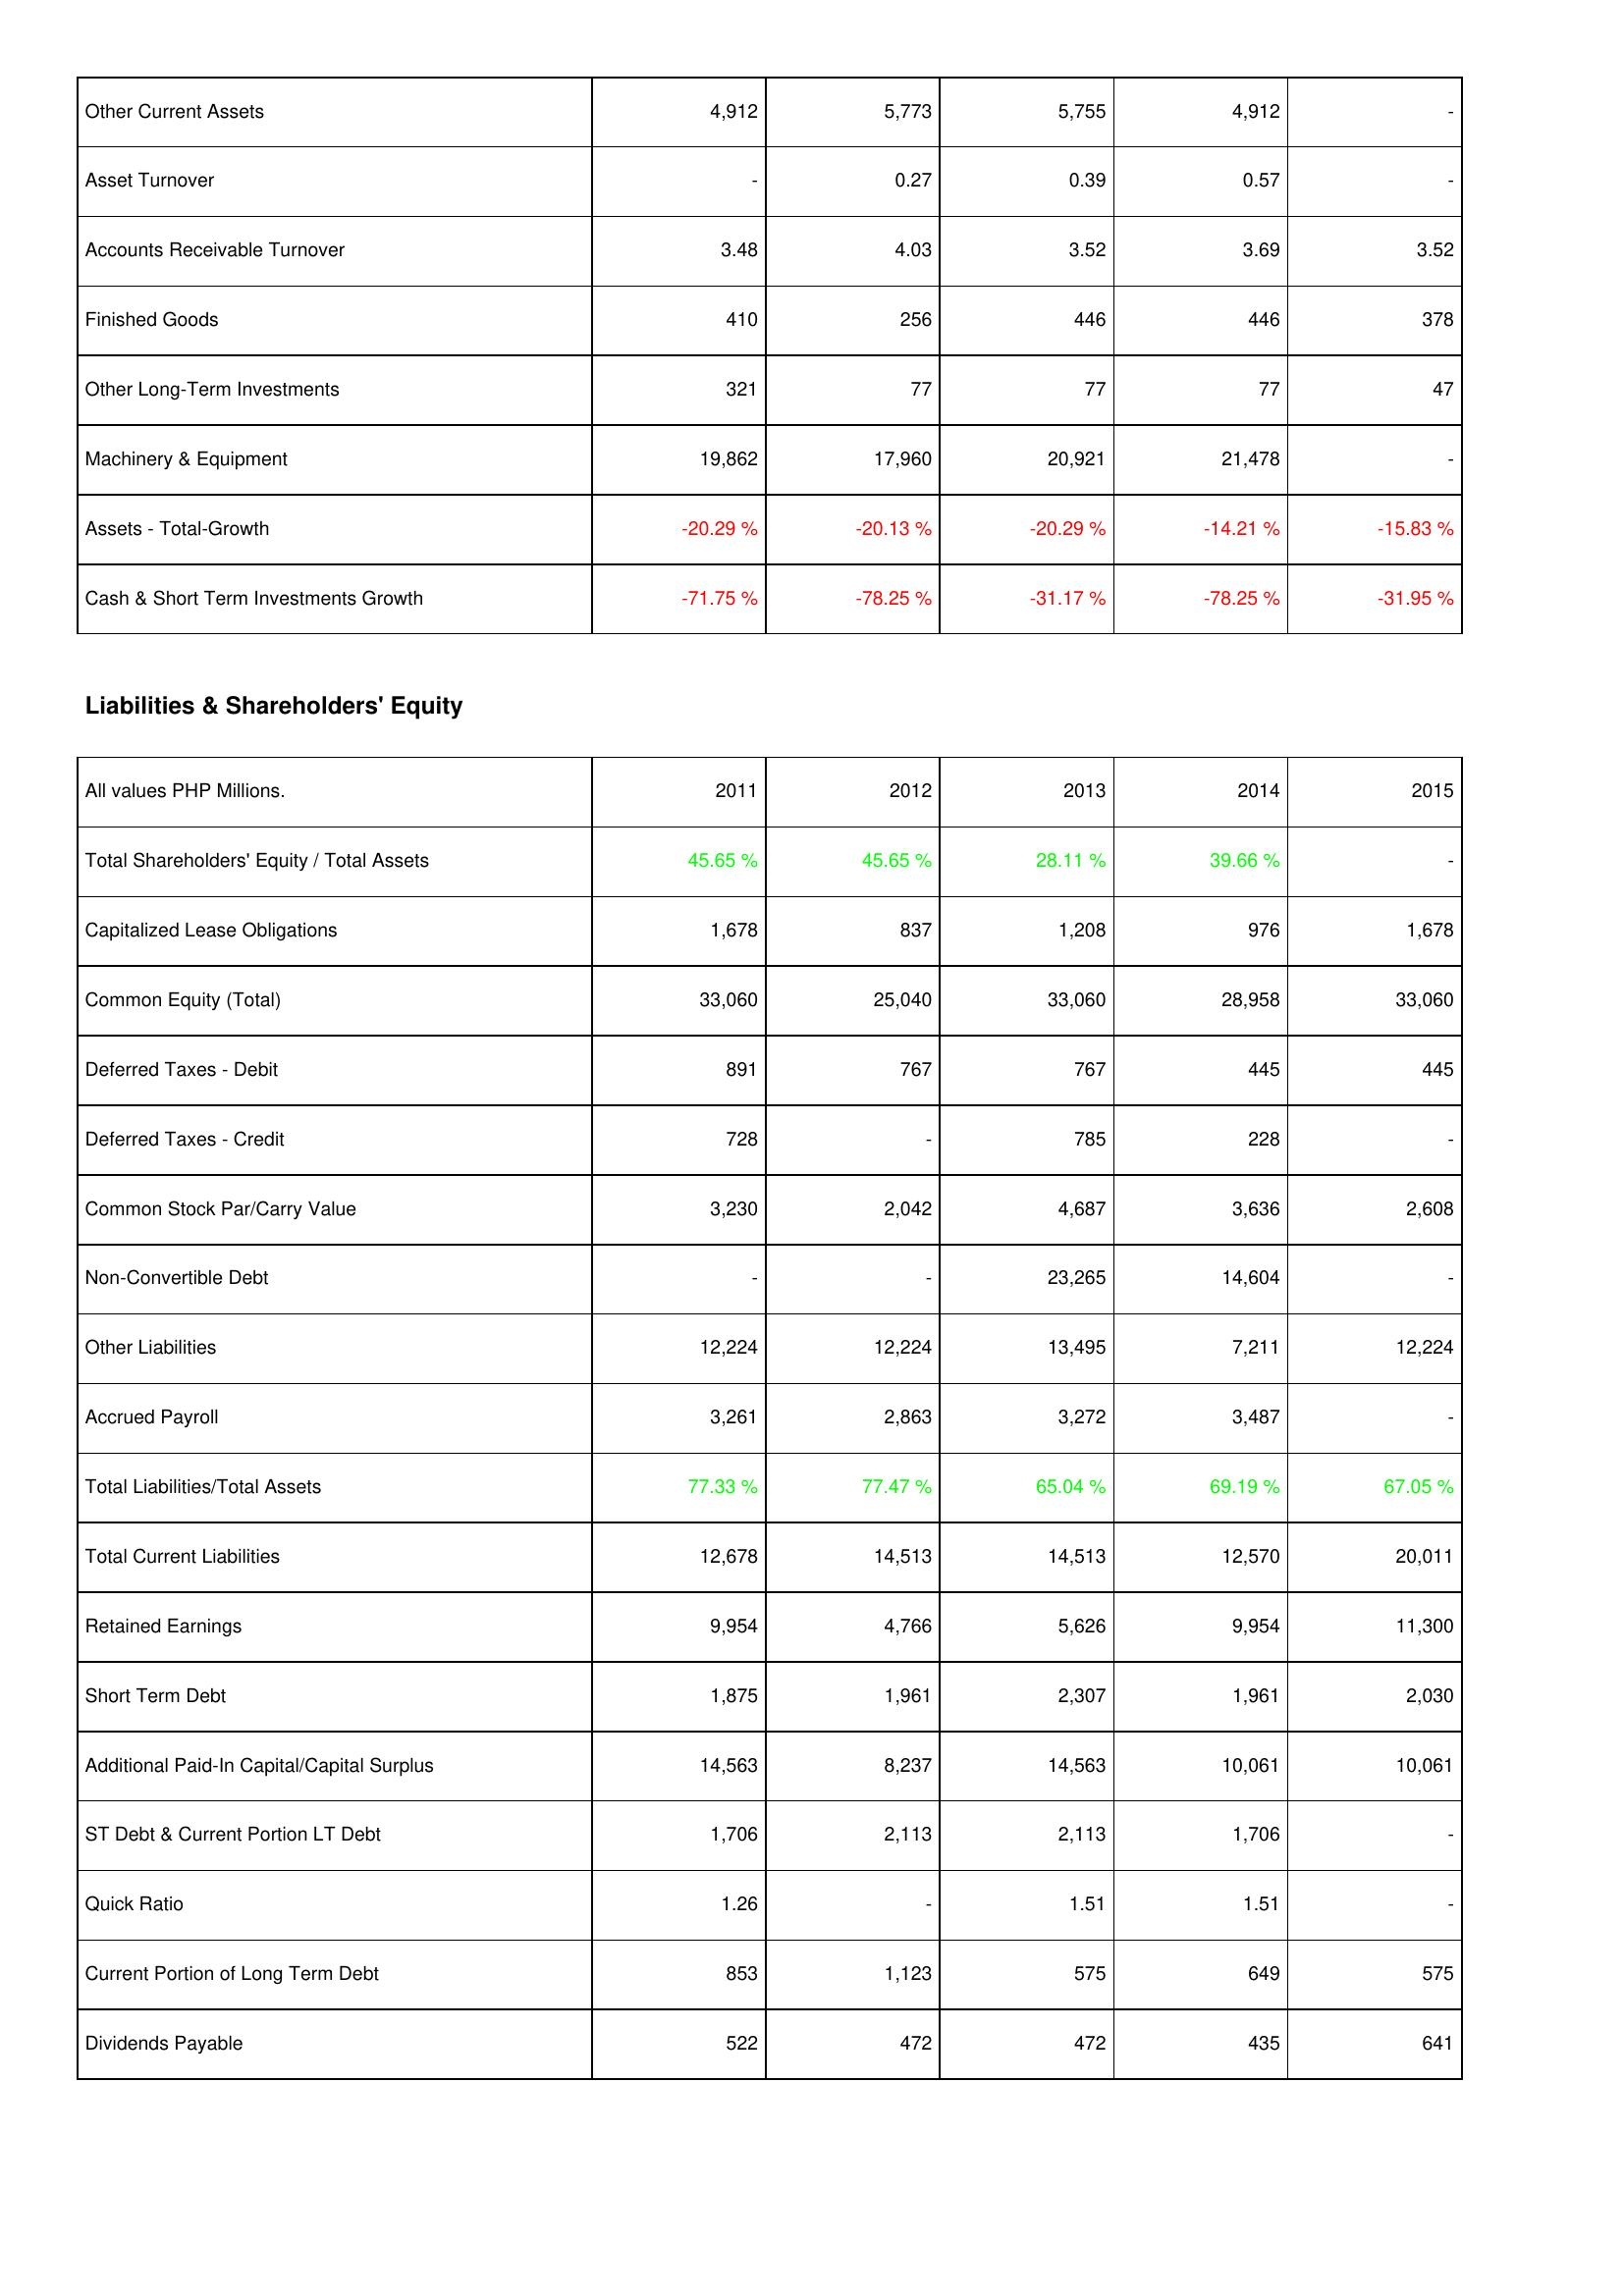
2011: Assets: Other Current Assets: 4,912
Asset Turnover: -
Accounts Receivable Turnover: 3.48
Finished Goods: 410
Other Long-Term Investments: 321
Machinery & Equipment: 19,862
Assets - Total-Growth: -20.29 %
Cash & Short Term Investments Growth: -71.75 %
Liabilities & Shareholders' Equity: Total Shareholders' Equity / Total Assets: 45.65 %
Capitalized Lease Obligations: 1,678
Common Equity (Total): 33,060
Deferred Taxes - Debit: 891
Deferred Taxes - Credit: 728
Common Stock Par/Carry Value: 3,230
Non-Convertible Debt: -
Other Liabilities: 12,224
Accrued Payroll: 3,261
Total Liabilities/Total Assets: 77.33 %
Total Current Liabilities: 12,678
Retained Earnings: 9,954
Short Term Debt: 1,875
Additional Paid-In Capital/Capital Surplus: 14,563
ST Debt & Current Portion LT Debt: 1,706
Quick Ratio: 1.26
Current Portion of Long Term Debt: 853
Dividends Payable: 522
2012: Assets: Other Current Assets: 5,773
Asset Turnover: 0.27
Accounts Receivable Turnover: 4.03
Finished Goods: 256
Other Long-Term Investments: 77
Machinery & Equipment: 17,960
Assets - Total-Growth: -20.13 %
Cash & Short Term Investments Growth: -78.25 %
Liabilities & Shareholders' Equity: Total Shareholders' Equity / Total Assets: 45.65 %
Capitalized Lease Obligations: 837
Common Equity (Total): 25,040
Deferred Taxes - Debit: 767
Deferred Taxes - Credit: -
Common Stock Par/Carry Value: 2,042
Non-Convertible Debt: -
Other Liabilities: 12,224
Accrued Payroll: 2,863
Total Liabilities/Total Assets: 77.47 %
Total Current Liabilities: 14,513
Retained Earnings: 4,766
Short Term Debt: 1,961
Additional Paid-In Capital/Capital Surplus: 8,237
ST Debt & Current Portion LT Debt: 2,113
Quick Ratio: -
Current Portion of Long Term Debt: 1,123
Dividends Payable: 472
2013: Assets: Other Current Assets: 5,755
Asset Turnover: 0.39
Accounts Receivable Turnover: 3.52
Finished Goods: 446
Other Long-Term Investments: 77
Machinery & Equipment: 20,921
Assets - Total-Growth: -20.29 %
Cash & Short Term Investments Growth: -31.17 %
Liabilities & Shareholders' Equity: Total Shareholders' Equity / Total Assets: 28.11 %
Capitalized Lease Obligations: 1,208
Common Equity (Total): 33,060
Deferred Taxes - Debit: 767
Deferred Taxes - Credit: 785
Common Stock Par/Carry Value: 4,687
Non-Convertible Debt: 23,265
Other Liabilities: 13,495
Accrued Payroll: 3,272
Total Liabilities/Total Assets: 65.04 %
Total Current Liabilities: 14,513
Retained Earnings: 5,626
Short Term Debt: 2,307
Additional Paid-In Capital/Capital Surplus: 14,563
ST Debt & Current Portion LT Debt: 2,113
Quick Ratio: 1.51
Current Portion of Long Term Debt: 575
Dividends Payable: 472
2014: Assets: Other Current Assets: 4,912
Asset Turnover: 0.57
Accounts Receivable Turnover: 3.69
Finished Goods: 446
Other Long-Term Investments: 77
Machinery & Equipment: 21,478
Assets - Total-Growth: -14.21 %
Cash & Short Term Investments Growth: -78.25 %
Liabilities & Shareholders' Equity: Total Shareholders' Equity / Total Assets: 39.66 %
Capitalized Lease Obligations: 976
Common Equity (Total): 28,958
Deferred Taxes - Debit: 445
Deferred Taxes - Credit: 228
Common Stock Par/Carry Value: 3,636
Non-Convertible Debt: 14,604
Other Liabilities: 7,211
Accrued Payroll: 3,487
Total Liabilities/Total Assets: 69.19 %
Total Current Liabilities: 12,570
Retained Earnings: 9,954
Short Term Debt: 1,961
Additional Paid-In Capital/Capital Surplus: 10,061
ST Debt & Current Portion LT Debt: 1,706
Quick Ratio: 1.51
Current Portion of Long Term Debt: 649
Dividends Payable: 435
2015: Assets: Other Current Assets: -
Asset Turnover: -
Accounts Receivable Turnover: 3.52
Finished Goods: 378
Other Long-Term Investments: 47
Machinery & Equipment: -
Assets - Total-Growth: -15.83 %
Cash & Short Term Investments Growth: -31.95 %
Liabilities & Shareholders' Equity: Total Shareholders' Equity / Total Assets: -
Capitalized Lease Obligations: 1,678
Common Equity (Total): 33,060
Deferred Taxes - Debit: 445
Deferred Taxes - Credit: -
Common Stock Par/Carry Value: 2,608
Non-Convertible Debt: -
Other Liabilities: 12,224
Accrued Payroll: -
Total Liabilities/Total Assets: 67.05 %
Total Current Liabilities: 20,011
Retained Earnings: 11,300
Short Term Debt: 2,030
Additional Paid-In Capital/Capital Surplus: 10,061
ST Debt & Current Portion LT Debt: -
Quick Ratio: -
Current Portion of Long Term Debt: 575
Dividends Payable: 641